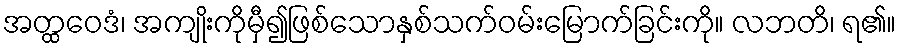
အတ္ထဝေဒံ၊ အကျိုးကိုမှီ၍ဖြစ်သောနှစ်သက်ဝမ်းမြောက်ခြင်းကို။ လဘတိ၊ ရ၏။